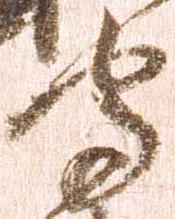
守